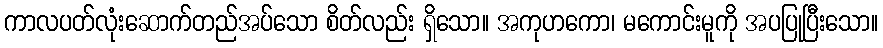
ကာလပတ်လုံးဆောက်တည်အပ်သော စိတ်လည်း ရှိသော။ အကုဟကော၊ မကောင်းမူကို အပပြုပြီးသော။